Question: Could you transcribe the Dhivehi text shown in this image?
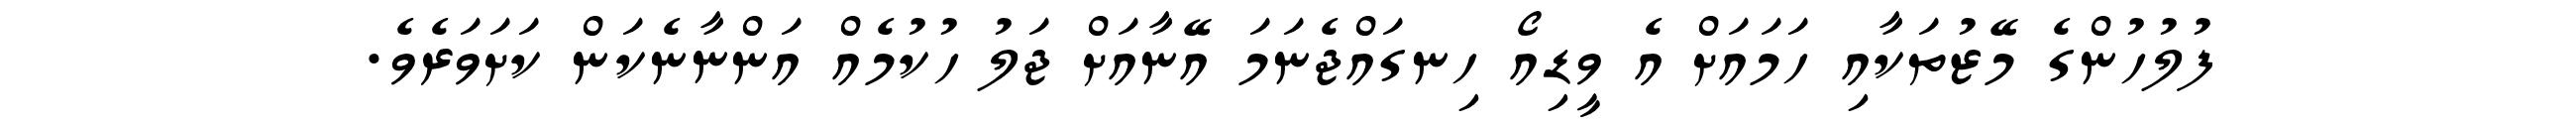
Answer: ފުލުހުންގެ މޭޒުތަކާއި ހަމައަށް އެ ވީޑިއޯ ހިނގައްޖެނަމަ އޭނާއަށް ޖަލު ހުކުމެއް އަންނާނެކަން ކަށަވަރެވެ.